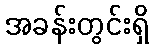
အခန်းတွင်းရှိ